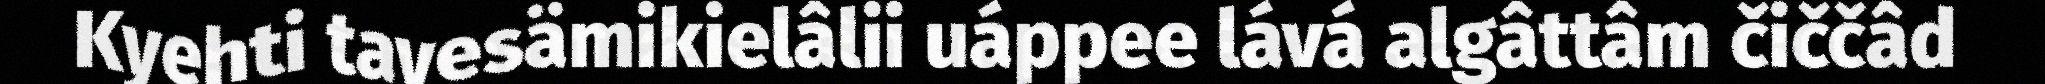
Kyehti tavesämikielâlii uáppee lává algâttâm čiččâd